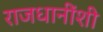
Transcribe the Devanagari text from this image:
राजधानींशी